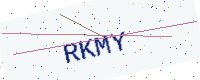
Text: RKMY